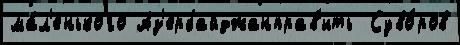
ма́л'енького Аз'ербайджанправ'ить  Суво́ров